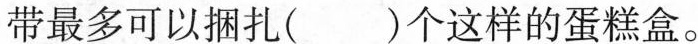
带最多可以捆扎( )个这样的蛋糕盒。